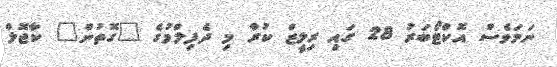
ނަމަވެސް އޮކްޓޯބަރު 28 ގައި ރިލީޒް ކުރާ މި ދެފިލްމުގެ "ގޮތުން" ކާޖޮލް